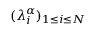
( \lambda _ { i } ^ { \alpha } ) _ { 1 \leq i \leq N }